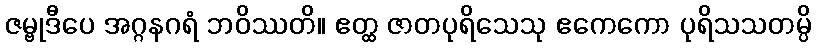
ဇမ္ဗုဒီပေ အဂ္ဂနဂရံ ဘဝိဿတိ။ ဧတ္ထ ဇာတပုရိသေသု ဧကေကော ပုရိသသတမ္ပိ